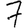
Digit: 7